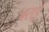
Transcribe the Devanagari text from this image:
बराई